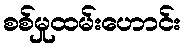
စစ်မှုထမ်းဟောင်း